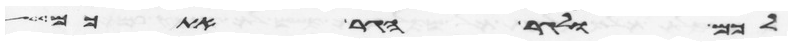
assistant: לכם ולגר הגר אתכם